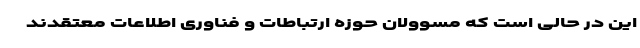
این در حالی است که مسوولان حوزه ارتباطات و فناوری اطلاعات معتقدند